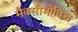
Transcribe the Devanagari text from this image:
मैक्सीमोविच